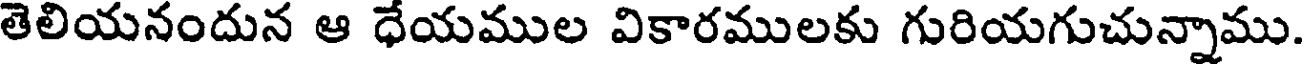
తెలియనందున ఆ ధేయముల వికారములకు గురియగుచున్నాము.